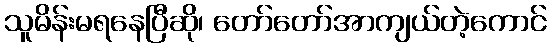
သူမိန်းမရနေပြီဆို၊ တော်တော်အာကျယ်တဲ့ကောင်